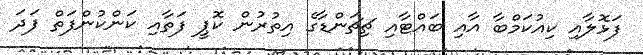
ފަޅޮލާއި ކިއުކަމްބާ އާއި ބައްޓާއި ޗިޗަންޑާގެ އިތުރުން ކޮޕީ ފަތާއި ކަންކުންފަތް ފަދަ